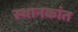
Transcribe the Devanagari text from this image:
स्थानकांत